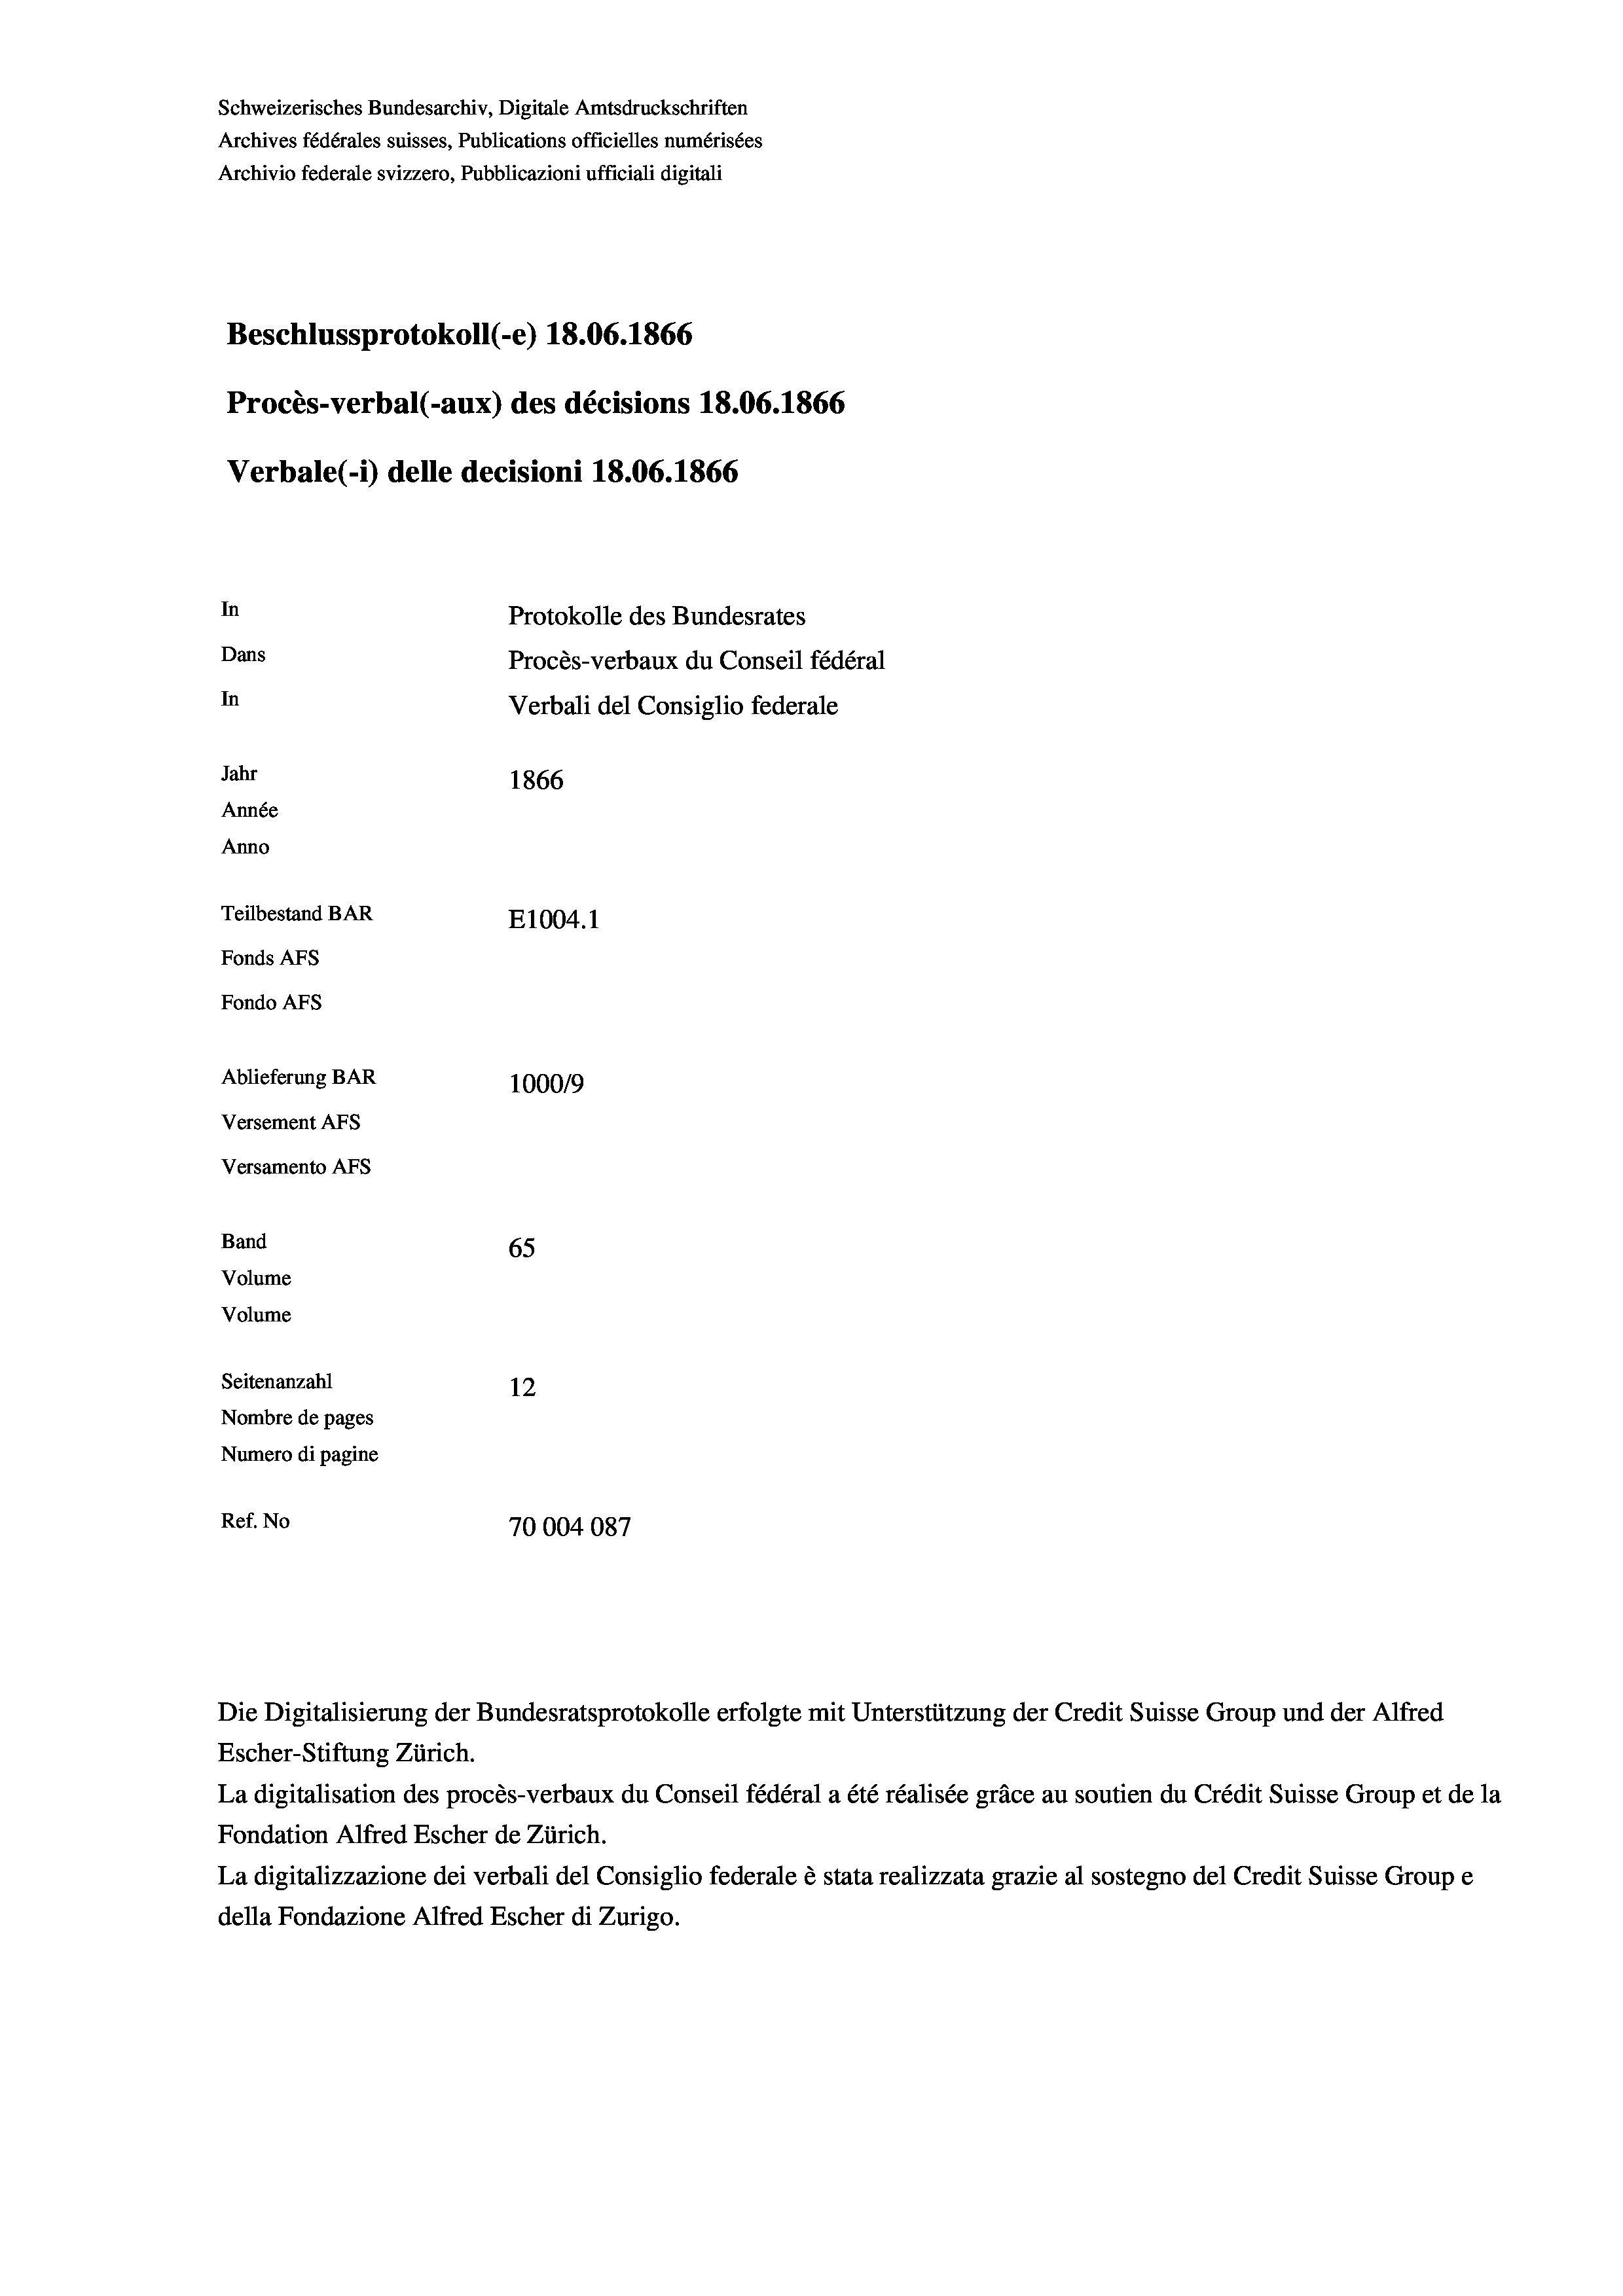
Schweizerisches Bundesarchiv, Digitale Amtsdruckschriften
Archives fédérales suisses, Publications officielles numérisées
Archivio federale svizzero, Pubblicazioni ufficiali digitali
Beschlussprotokoll (-e) 18.06. 1866
Procès-verbal (-aux) des décisions 18.06. 1866
Verbale (-*) delle decisioni 18.06. 1866
In
Protokolle des Bundesrates
Dans
Procès-verbaux du Conseil fédéral
In
Verbali del Consiglio federale
Jahr
1866
Année
Anno
Teilbestand BAR
E1004. 1
Fonds AFs
Fondo AFs
Ablieferung BAR
100019
Versement Abs
Versamento Afs
Band
65
Volume
Volume

Seitenanzahl
12
Nombre de pages
Numero di pagine
Ref. No
70004087

1

Escher-Stiftung Zürich.
La digitalisation des procès-verbaux du Conseil fédéral a été réalisée gräce au soutien du Crédit Suisse Group et de la
Fondation Alfred Escher de Zürich.
La digitalizzazione dei verbali del Consiglio federale è stata realizzata grazie al sostegno del Credit Suisse Groupe
della Fondazione Alfred Escher di Zurigo.

Die Digitalisierung der Bundesratsprotokolle erfolgte mit Unterstützung der Credit Suisse Group und der Alfred